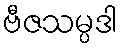
ဗီဇသမ္ပဒါ